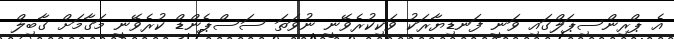
އެ ޕްރިންސިޕަލްގައި ވަނީ ފަނޑިޔާރަކު ވަކިކުރެވޭނީ ނުވަތަ ސަސްޕެންޑް ކުރެވޭނީ މަގާމަށް ގާބިލް